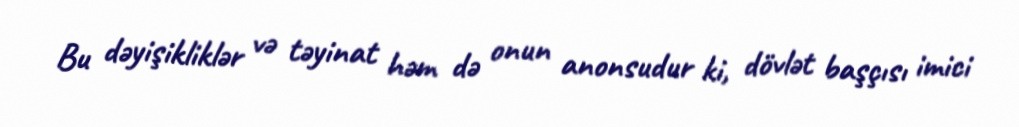
Bu dəyişikliklər və təyinat həm də onun anonsudur ki, dövlət başçısı imici